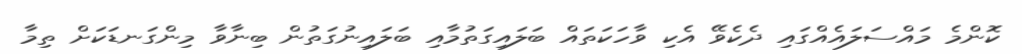
ކޮންމެ މައްސަލައެއްގައި ދެކެވޭ އެކި ވާހަކަތައް ބަލައިގަތުމާއި ބަލައިނުގަތުން ބިނާވާ މިންގަނޑަކަށް ތިމާ